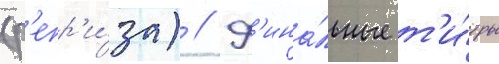
(р'епр'и́за) // Ф'ина́льные т'и́тры